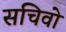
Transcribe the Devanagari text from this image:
सचिवो